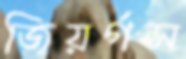
জিয়র্গস